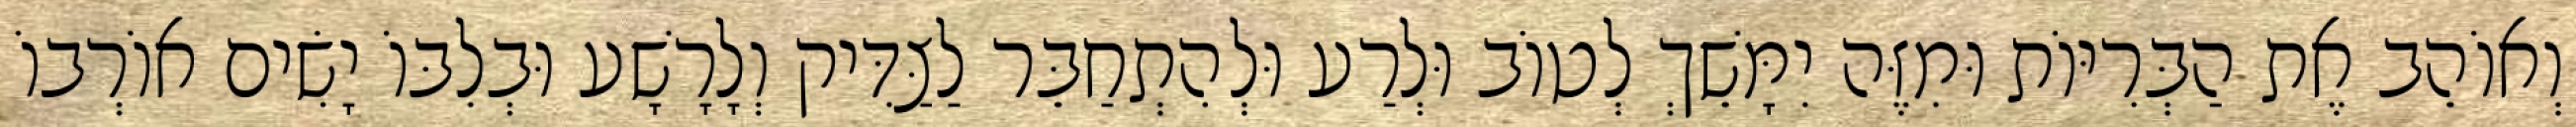
וְאוֹהֵב אֶת הַבְּרִיּוֹת וּמִזֶּה יִמָּשֵׁךְ לְטוֹב וּלְרַע וּלְהִתְחַבֵּר לַצַּדִּיק וְלָרָשָׁע וּבְלִבּוֹ יָשִׂים אוֹרְבוֹ